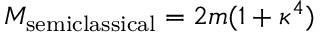
M _ { \mathrm { s e m i c l a s s i c a l } } = 2 m ( 1 + \kappa ^ { 4 } )